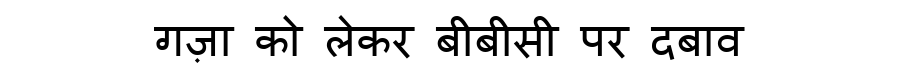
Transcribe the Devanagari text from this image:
गज़ा को लेकर बीबीसी पर दबाव